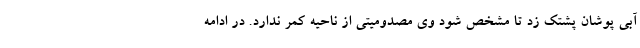
آبی پوشان پشتک زد تا مشخص شود وی مصدومیتی از ناحیه کمر ندارد. در ادامه